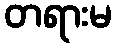
တရားမ